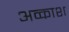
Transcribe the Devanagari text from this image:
अव्काश